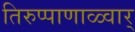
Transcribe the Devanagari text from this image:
तिरुप्पाणाळ्वार्